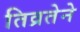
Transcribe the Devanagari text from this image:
तिव्रतेने